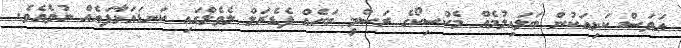
އަވަސް ކަޅިއަކުން ބަލައިލުމެއް މެކްސިކޯގެ ރަސްމީ ބަހެއް ފެޑެރަލް ލެވެލްގައި ކަނޑައަޅާފައެއް ނުވެއެވެ.